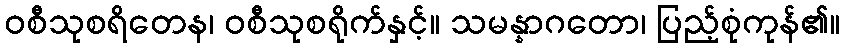
ဝစီသုစရိတေန၊ ဝစီသုစရိုက်နှင့်။ သမန္နာဂတော၊ ပြည့်စုံကုန်၏။